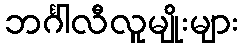
ဘင်္ဂါလီလူမျိုးများ